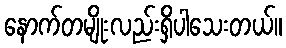
နောက်တမျိုးလည်းရှိပါသေးတယ်။